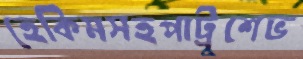
হেকিমসহপাট্রুশেভ